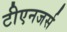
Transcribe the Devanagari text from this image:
टीएनजर्स